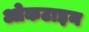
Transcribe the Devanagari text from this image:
ओकटाइन